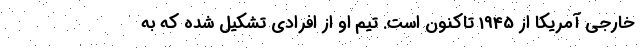
خارجی آمریکا از 1945 تاکنون است. تیم او از افرادی تشکیل شده که به